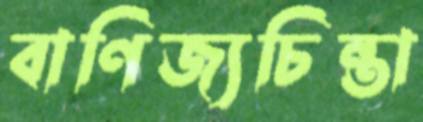
বাণিজ্যচিন্তা